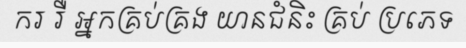
ករ រឺ អ្នកគ្រប់គ្រង យានជំនិះ គ្រប់ ប្រភេទ